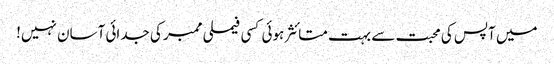
میں آپس کی محبت سے بہت متائثر ہوئی کسی فیملی ممبر کی جدائی آسان نہیں!